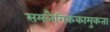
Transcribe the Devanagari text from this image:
समलैंगिककामुकता